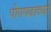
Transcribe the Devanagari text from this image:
पोपपदाच्या